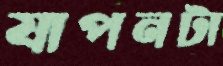
যাপনটা